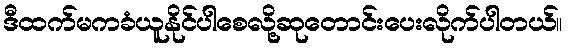
ဒီထက်မကခံယူနိုင်ပါစေလို့ဆုတောင်းပေးလိုက်ပါတယ်။